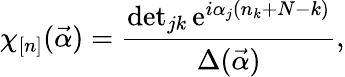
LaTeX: \chi_{[n]}(\vec{\alpha})=\frac{\operatorname*{det}_{jk}\mathrm{e}^{i\alpha_{j}(n_{k}+N-k)}}{\Delta(\vec{\alpha})},